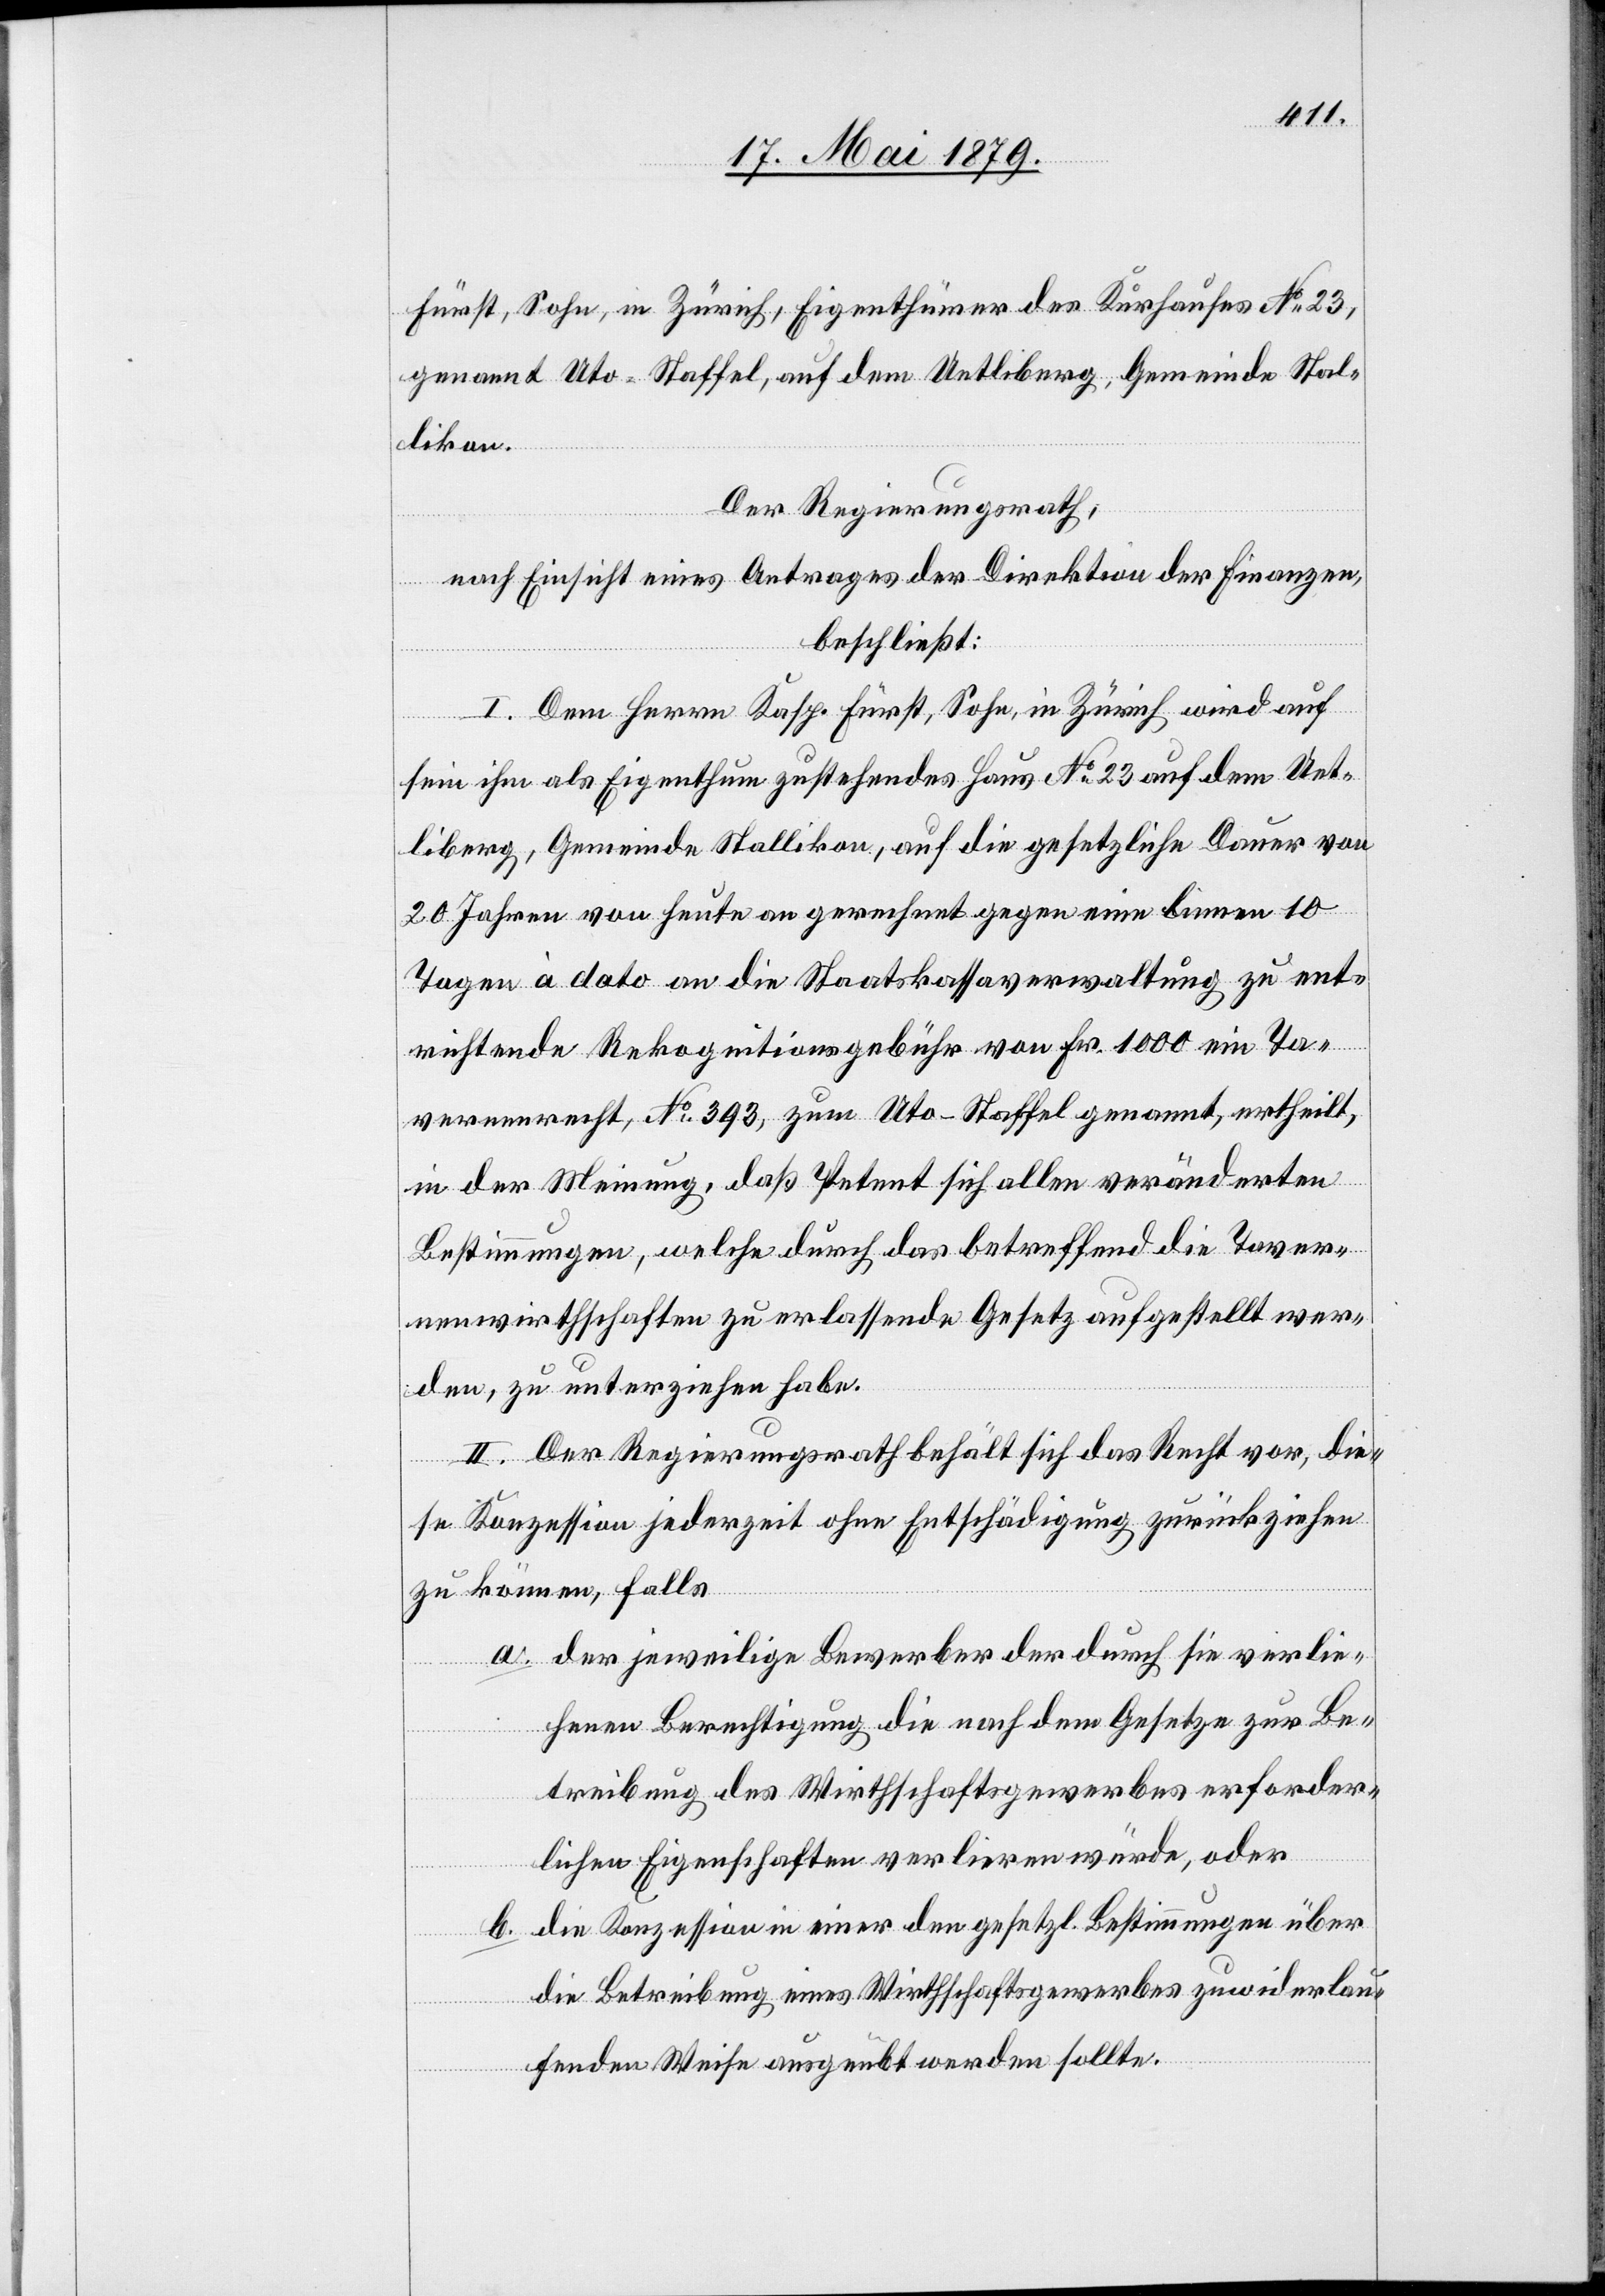
Fürst, Sohn, in Zürich, Eigenthümer des Kurhauses No 23,
genannt Uto-Staffel, auf dem Uetliberg, Gemeinde Stal¬
likon.
Der Regierungsrath,
nach Einsicht eines Antrages der Direktion der Finanzen,
beschließt:
I. Dem Herrn Kasp. Fürst, Sohn, in Zürich wird auf
sein ihm als Eigenthum zustehendes Haus No 23 auf dem Uet¬
liberg, Gemeinde Stallikon, auf die gesetzliche Dauer von
20 Jahren von heute an gerechnet gegen eine binnen 10
Tagen à dato an die Staatskassaverwaltung zu ent¬
richtende Rekognitionsgebühr von Fr. 1000 ein Ta¬
vernenrecht, No 393, zum Uto-Staffel genannt, ertheilt,
in der Meinung, daß Petent sich allen veränderten
Bestimmungen, welche durch das betreffend die Taver¬
nenwirthschaften zu erlassende Gesetz aufgestellt wer¬
den, zu unterziehen habe.
II. Der Regierungsrath behält sich das Recht vor, die¬
se Konzession jederzeit ohne Entschädigung zurückziehen
zu können, falls
a. der jeweilige Bewerber der durch sie verlie¬
henen Berechtigung die nach dem Gesetze zur Be¬
treibung des Wirthschaftsgewerbes erforder¬
lichen Eigenschaften verlieren würde, oder
b. die Konzession in einer den gesetzl. Bestimmungen über
die Betreibung eines Wirthschaftsgewerbes zuwiderlau¬
fenden Weise ausgeübt werden sollte.